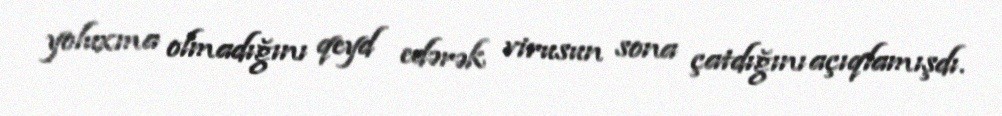
yoluxma olmadığını qeyd edərək virusun sona çatdığını açıqlamışdı.